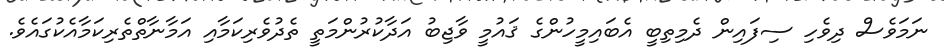
ނަމަވެސް ދިވެހި ސިފައިން ދެމިތިބީ އެބައިމީހުންގެ ޤައުމީ ވާޖިބު އަދާކުރުންމަތީ ތެދުވެރިކަމާއި އަމާނާތްތެރިކަމާއެކުގައެވެ.